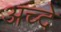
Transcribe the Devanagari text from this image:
अच्दे